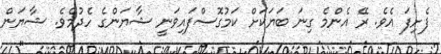
ފެށިފަ އެވެ. ރޭ އެންމެ ގިނަ ބަޔަކަށް ކަމުގޮސްފައިވަނީ ޝާޔަންގެ ހެދުމެވެ. ޝާޔަން